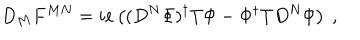
D _ { M } F ^ { M N } = i e \left( ( D ^ { N } \Phi ) ^ { \dagger } T \Phi - \Phi ^ { \dagger } T D ^ { N } \Phi \right) ~ ,